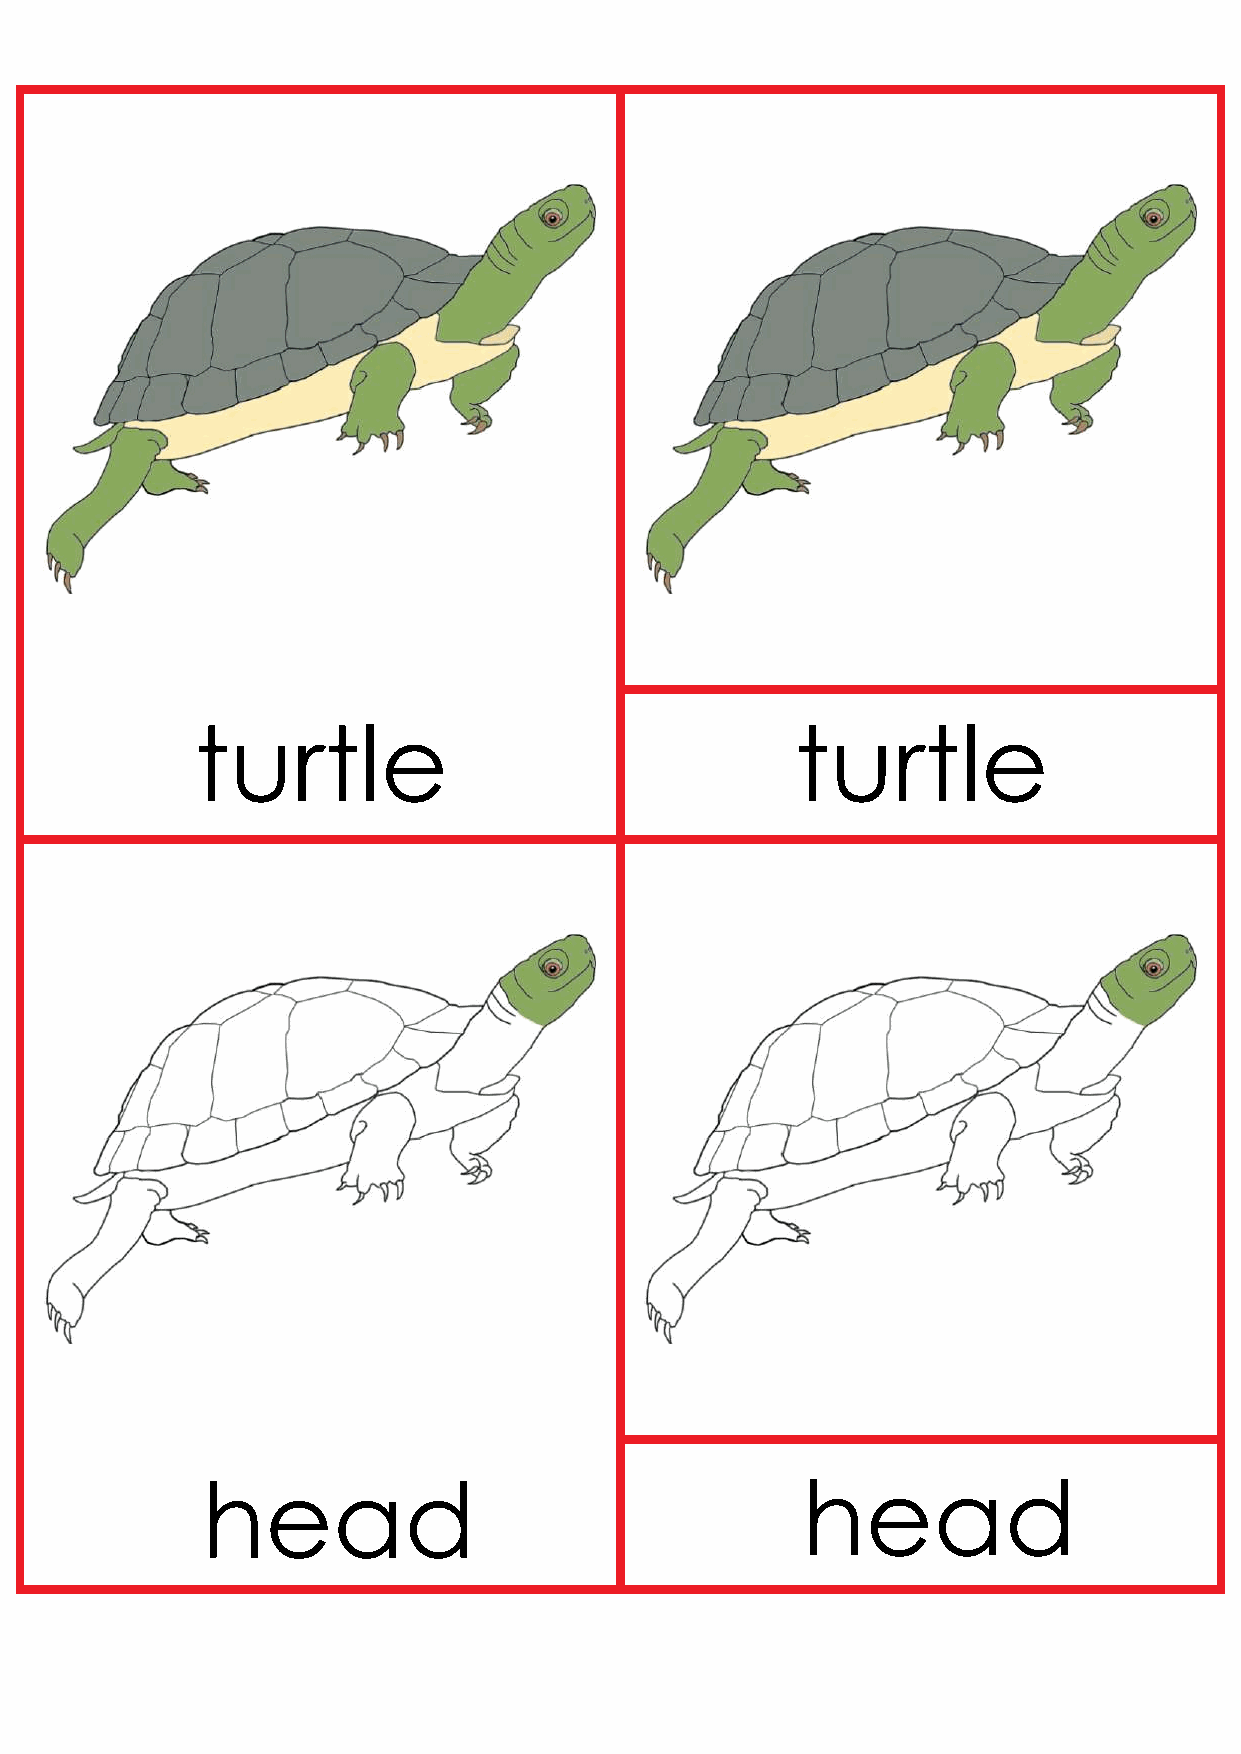
turtle                                  turtle
 head                                    head